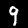
Label: 9